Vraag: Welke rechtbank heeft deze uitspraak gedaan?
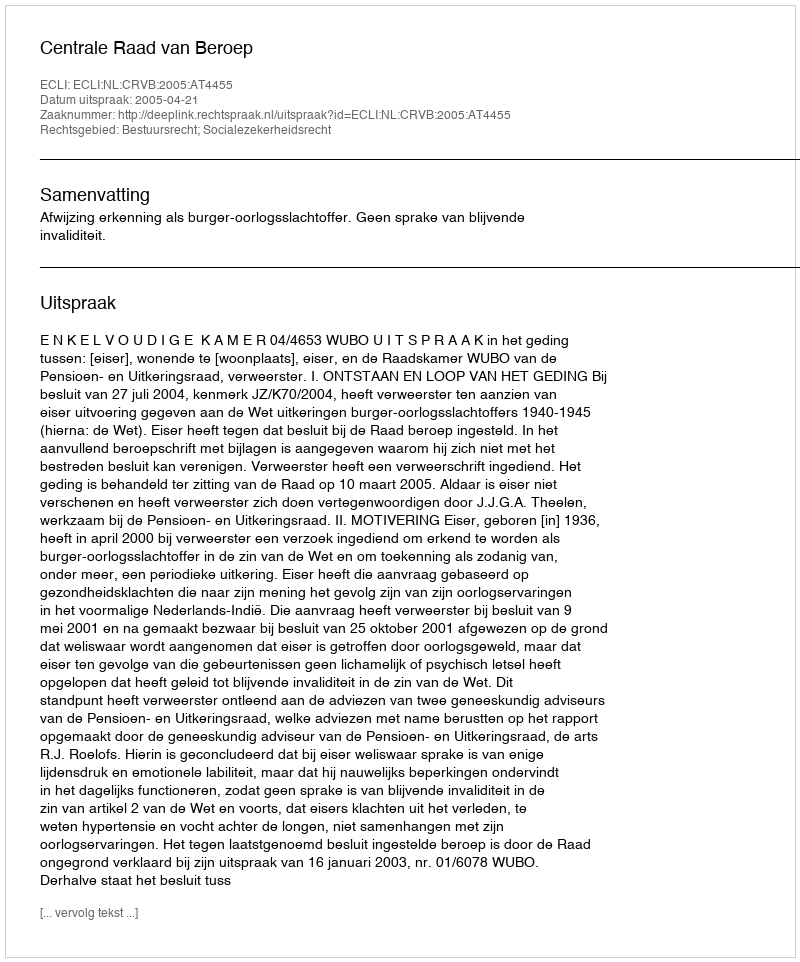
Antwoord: Centrale Raad van Beroep